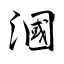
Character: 漍